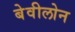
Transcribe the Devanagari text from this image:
बेवीलोन